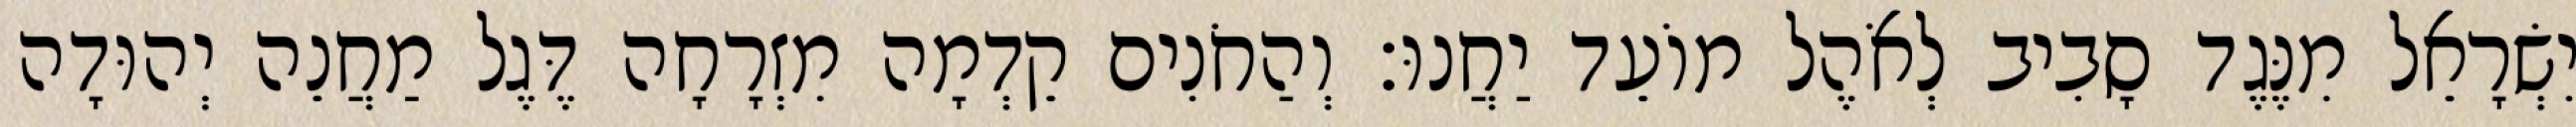
יִשְׂרָאֵל מִנֶּגֶד סָבִיב לְאֹהֶל מוֹעֵד יַחֲנוּ׃ וְהַחֹנִים קֵדְמָה מִזְרָחָה דֶּגֶל מַחֲנֵה יְהוּדָה